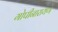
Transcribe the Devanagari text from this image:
गोपीनारायण